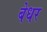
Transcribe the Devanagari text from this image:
बेधर